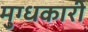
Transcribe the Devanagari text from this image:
मुग्धकारी